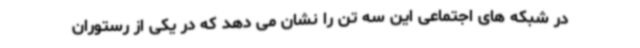
در شبکه های اجتماعی این سه تن را نشان می دهد که در یکی از رستوران